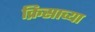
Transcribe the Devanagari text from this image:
क्रिसाच्या